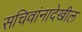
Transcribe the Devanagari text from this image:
सचिवांनादेखील